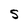
Character: S